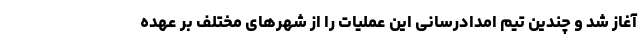
آغاز شد و چندین تیم امدادرسانی این عملیات را از شهرهای مختلف بر عهده